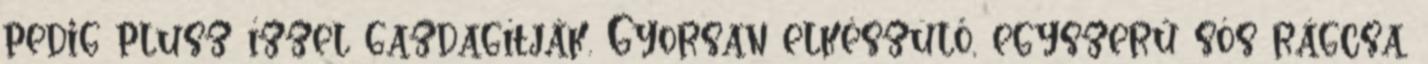
pedig plusz ízzel gazdagítják. Gyorsan elkészülő, egyszerű sós rágcsa,